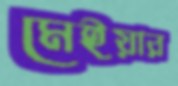
মেইয়ার